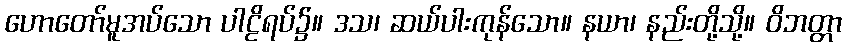
ဟောတော်မူအပ်သော ပါဠိရပ်၌။ ဒသ၊ ဆယ်ပါးကုန်သော။ နယာ၊ နည်းတို့သို့။ ဝိဘတ္တာ